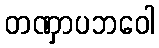
တဏှာပဘဝေါ